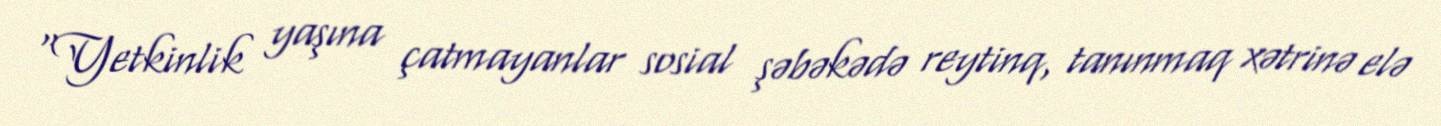
“Yetkinlik yaşına çatmayanlar sosial şəbəkədə reytinq, tanınmaq xətrinə elə